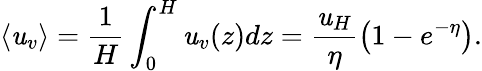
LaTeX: \left<\mathit{u}_{v}\right>=\frac{{1}}{{H}}\int_{0}^{H}\mathit{u}_{v}(z)dz=\frac{{\mathit{u}_{H}}}{{\eta}}\left(1-e^{-\eta}\right).